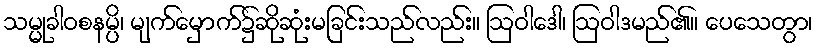
သမ္မုခါဝစနမ္ပိ၊ မျက်မှောက်၌ဆိုဆုံးမခြင်းသည်လည်း။ ဩဝါဒေါ၊ ဩဝါဒမည်၏။ ပေသေတွာ၊